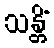
သန္တိံ